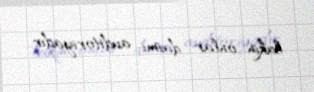
lakin onlar daimi auditoriyadır.